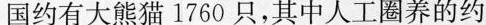
国约有大熊猫1760只，其中人工圈养的约